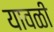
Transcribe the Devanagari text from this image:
यावळी